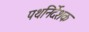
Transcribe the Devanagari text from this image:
पथनिर्देशक